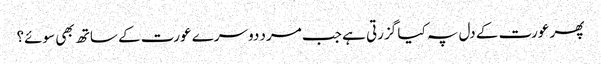
پھر عورت کے دل پہ کیا گزرتی ہے جب مرد دوسرے عورت کے ساتھ بھی سوئے؟